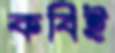
কবিই